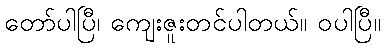
တော်ပါပြီ၊ ကျေးဇူးတင်ပါတယ်။ ဝပါပြီ။